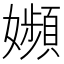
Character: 𡤉